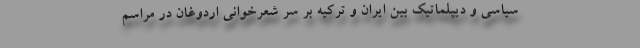
سیاسی و دیپلماتیک بین ایران و ترکیه بر سر شعرخوانی اردوغان در مراسم